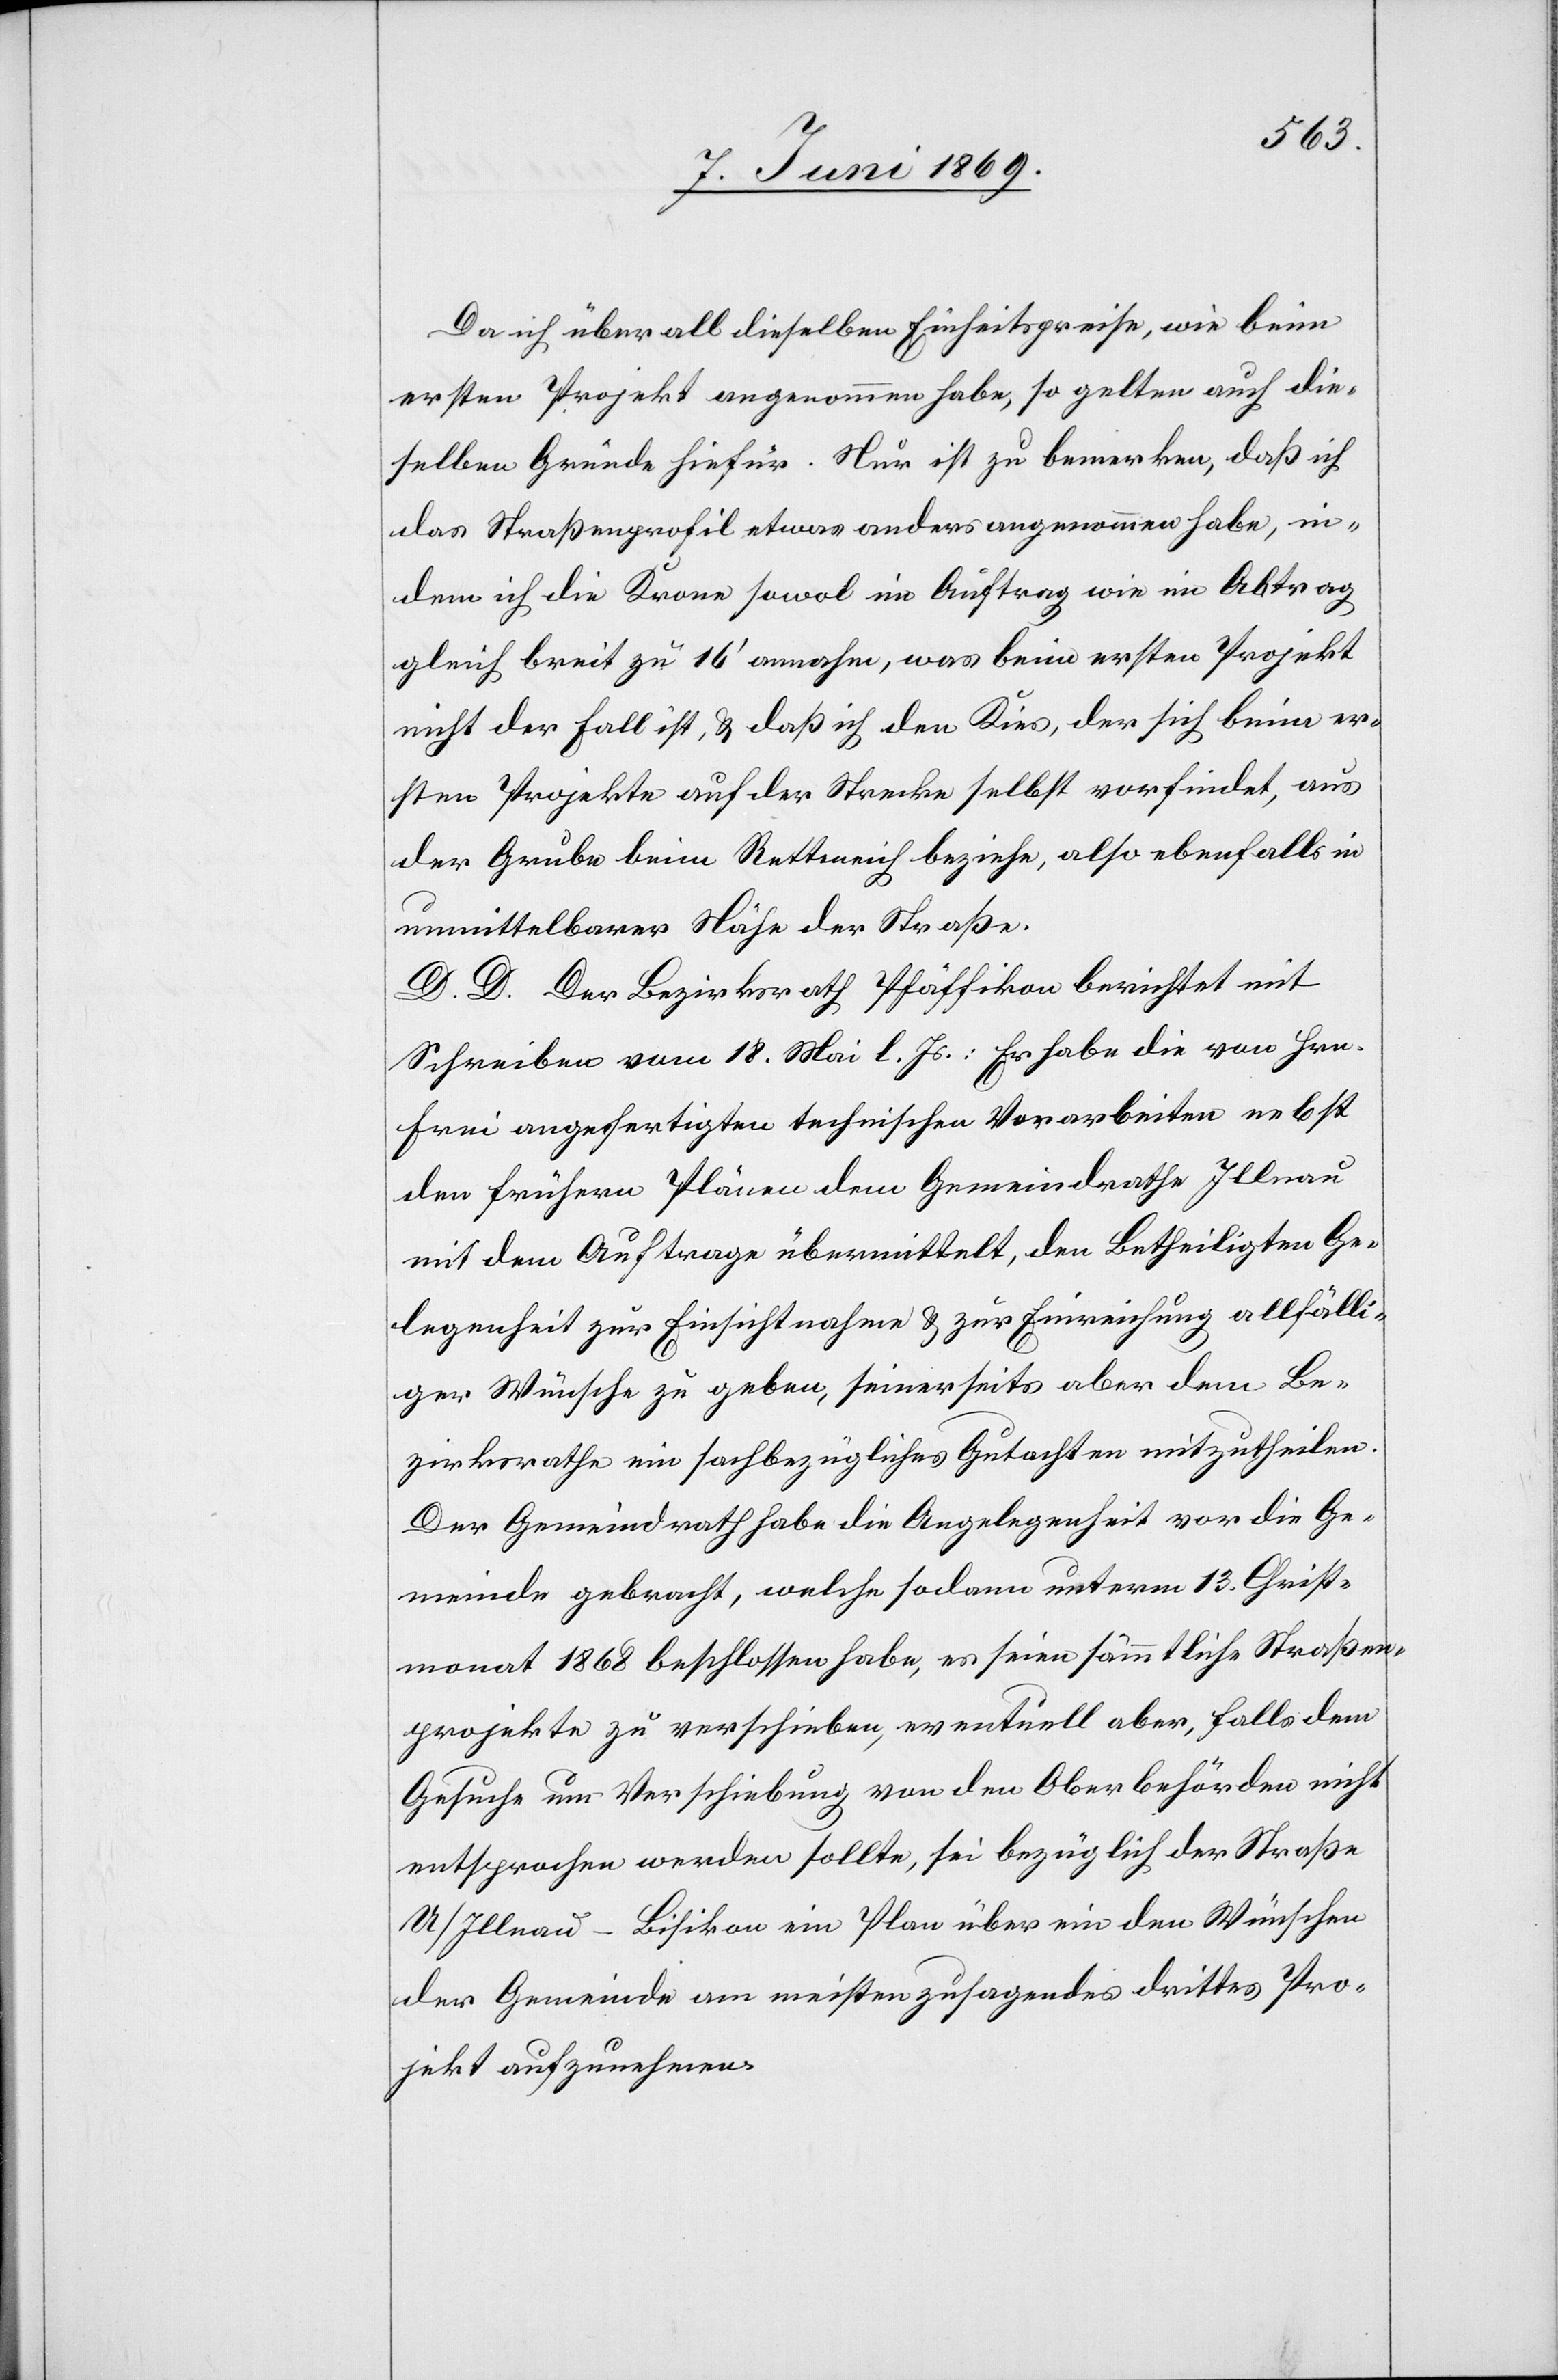
Da ich überall dieselben Einheitspreise, wie beim
ersten Projekt angenommen habe, so gelten auch die¬
selben Gründe hiefür. Nur ist zu bemerken, daß ich
das Straßenprofil etwas anders angenommen habe, in¬
dem ich die Krone sowol im Auftrag wie im Abtrag
gleich bereit zu 16’ annahm, was beim ersten Projekt
nicht der Fall ist, u. daß ich den Kies, der sich beim er¬
sten Projekte auf der Strecke selbst vorfindet, aus
der Grube beim Retteneich beziehe, also ebenfalls in
unmittelbarer Nähe der Straße.
D. D. Der Bezirksrath Pfäffikon berichtet mit
Schreiben vom 18. Mai l. Js.: Er habe die von Hrn.
Frei angefertigten technischen Vorarbeiten nebst
den frühern Plänen dem Gemeindrathe Illnau
mit dem Auftrage übermittelt, den Betheiligten Ge¬
legenheit zur Einsichtnahme u. zur Einreichung allfälli¬
ger Wünsche zu geben, seinerseits aber dem Be¬
zirksrathe ein sachbezügliches Gutachten mitzutheilen.
Der Gemeindrath habe die Angelegenheit vor die Ge¬
meinde gebracht, welche sodann unterm 13. Christ¬
monat 1868 beschlossen habe, es seien sämmtliche Straßen¬
projekte zu verschieben, eventuell aber, falls dem
Gesuche um Verschiebung von den Oberbehörden nicht
entsprochen werden sollte, sei bezüglich der Straße
U/Illnau–Bisikon ein Plan über ein den Wünschen
der Gemeinde am meisten zusagendes drittes Pro¬
jekt aufzunehmen.